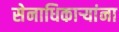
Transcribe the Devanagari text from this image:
सेनाधिकाऱ्यांना